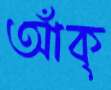
আঁক্‌